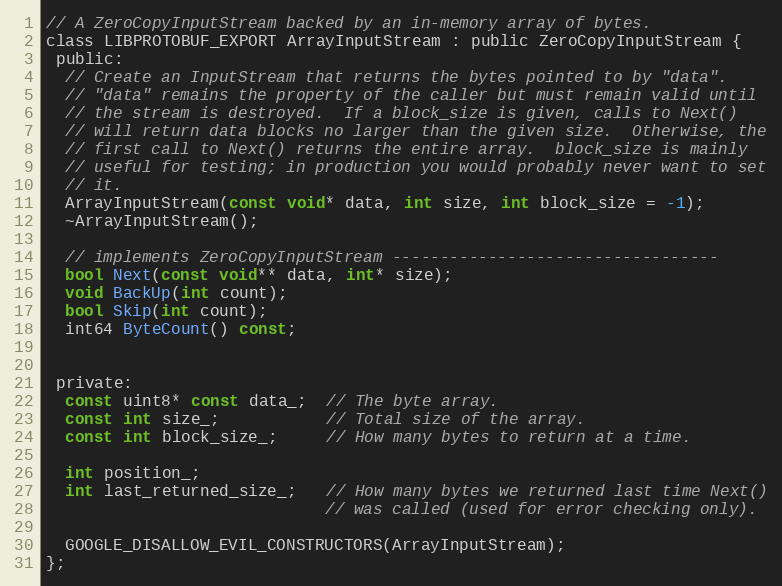
Language: C
// A ZeroCopyInputStream backed by an in-memory array of bytes.
class LIBPROTOBUF_EXPORT ArrayInputStream : public ZeroCopyInputStream {
 public:
  // Create an InputStream that returns the bytes pointed to by "data".
  // "data" remains the property of the caller but must remain valid until
  // the stream is destroyed.  If a block_size is given, calls to Next()
  // will return data blocks no larger than the given size.  Otherwise, the
  // first call to Next() returns the entire array.  block_size is mainly
  // useful for testing; in production you would probably never want to set
  // it.
  ArrayInputStream(const void* data, int size, int block_size = -1);
  ~ArrayInputStream();

  // implements ZeroCopyInputStream ----------------------------------
  bool Next(const void** data, int* size);
  void BackUp(int count);
  bool Skip(int count);
  int64 ByteCount() const;

 private:
  const uint8* const data_;  // The byte array.
  const int size_;           // Total size of the array.
  const int block_size_;     // How many bytes to return at a time.

  int position_;
  int last_returned_size_;   // How many bytes we returned last time Next()
                             // was called (used for error checking only).

  GOOGLE_DISALLOW_EVIL_CONSTRUCTORS(ArrayInputStream);
};